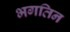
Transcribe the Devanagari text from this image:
भगतिन